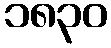
၁၈၃၀